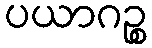
ပယာဂဉ္စ